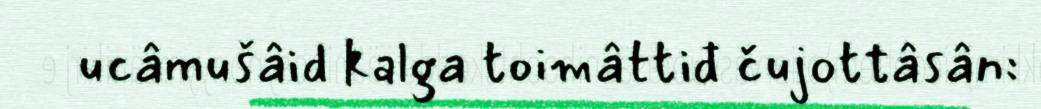
ucâmušâid kalga toimâttiđ čujottâsân: